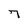
Character: 7